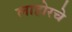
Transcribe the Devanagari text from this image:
लाहोरचे